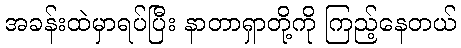
အခန်းထဲမှာရပ်ပြီး နာတာရှာတို့ကို ကြည့်နေတယ်